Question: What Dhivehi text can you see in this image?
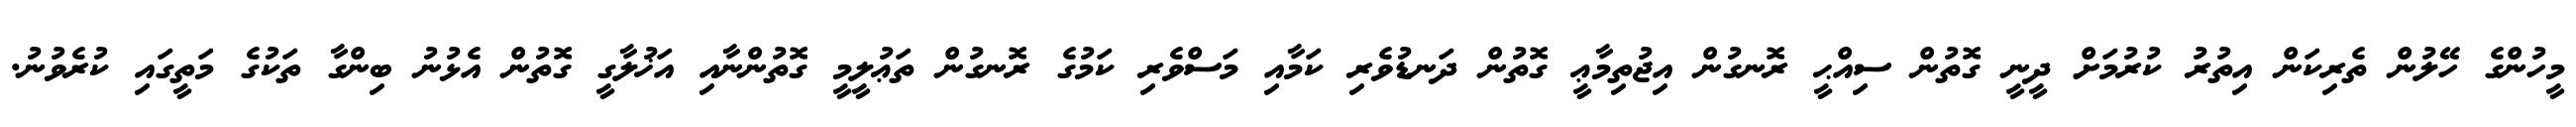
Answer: މީހުންގެ ހޭލުން ތެރިކަން އިތުރު ކުރުމަށް ދީނީ ގޮތުން ސިއްޙީ ރޮނގުން އިޖުތިމާޢީ ގޮތުން ދަނޑުވެރި ކަމާއި މަސްވެރި ކަމުގެ ރޮނގުން ތަޢުލީމީ ގޮތުންނާއި އަޚުލާގީ ގޮތުން އެޅުނު ބިންގާ ތަކުގެ މަތީގައި ކުރެވުނު.